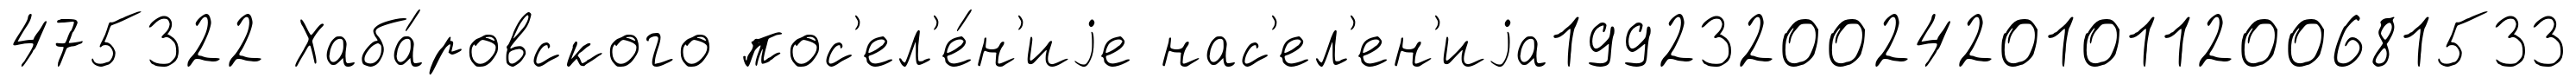
475322 Хаба́ровского пос'ел'е́н'иjе нас'ел'ен'иjа1992320024201011200681533